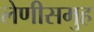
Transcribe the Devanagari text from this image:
लेणीसमुह